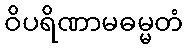
ဝိပရိဏာမဓမ္မတံ